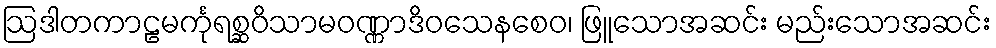
ဩဒါတကာဠမင်္ကုရစ္ဆဝိသာမဝဏ္ဏာဒိဝသေနစေဝ၊ ဖြူသောအဆင်း မည်းသောအဆင်း